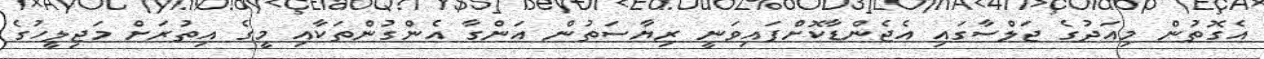
އެގޮތުން މިއަދުގެ ޖަލްސާގައި އެޖެންޑާކޮށްފައިވަނީ ރިޔާސަތުން އަންގާ އެންގުންތަކާއި މީގެ އިތުރަށް މަޖިލީހުގެ